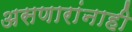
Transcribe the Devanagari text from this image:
असणारांनाही